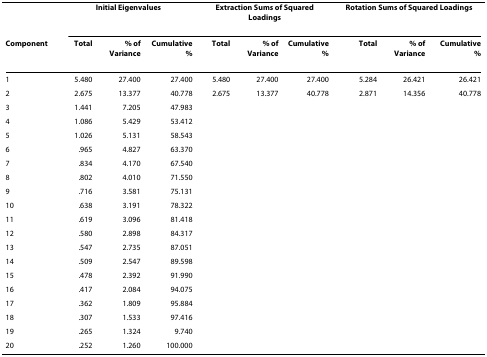
<table><thead><tr><td></td><td colspan="3"><b>Initial Eigenvalues</b></td><td colspan="3"><b>Extraction Sums of Squared Loadings</b></td><td colspan="3"><b>Rotation Sums of Squared Loadings</b></td></tr><tr><td><b>Component</b></td><td><b>Total</b></td><td><b>% of Variance</b></td><td><b>Cumulative %</b></td><td><b>Total</b></td><td><b>% of Variance</b></td><td><b>Cumulative %</b></td><td><b>Total</b></td><td><b>% of Variance</b></td><td><b>Cumulative %</b></td></tr></thead><tbody><tr><td>1</td><td>5.480</td><td>27.400</td><td>27.400</td><td>5.480</td><td>27.400</td><td>27.400</td><td>5.284</td><td>26.421</td><td>26.421</td></tr><tr><td>2</td><td>2.675</td><td>13.377</td><td>40.778</td><td>2.675</td><td>13.377</td><td>40.778</td><td>2.871</td><td>14.356</td><td>40.778</td></tr><tr><td>3</td><td>1.441</td><td>7.205</td><td>47.983</td><td></td><td></td><td></td><td></td><td></td><td></td></tr><tr><td>4</td><td>1.086</td><td>5.429</td><td>53.412</td><td></td><td></td><td></td><td></td><td></td><td></td></tr><tr><td>5</td><td>1.026</td><td>5.131</td><td>58.543</td><td></td><td></td><td></td><td></td><td></td><td></td></tr><tr><td>6</td><td>.965</td><td>4.827</td><td>63.370</td><td></td><td></td><td></td><td></td><td></td><td></td></tr><tr><td>7</td><td>.834</td><td>4.170</td><td>67.540</td><td></td><td></td><td></td><td></td><td></td><td></td></tr><tr><td>8</td><td>.802</td><td>4.010</td><td>71.550</td><td></td><td></td><td></td><td></td><td></td><td></td></tr><tr><td>9</td><td>.716</td><td>3.581</td><td>75.131</td><td></td><td></td><td></td><td></td><td></td><td></td></tr><tr><td>10</td><td>.638</td><td>3.191</td><td>78.322</td><td></td><td></td><td></td><td></td><td></td><td></td></tr><tr><td>11</td><td>.619</td><td>3.096</td><td>81.418</td><td></td><td></td><td></td><td></td><td></td><td></td></tr><tr><td>12</td><td>.580</td><td>2.898</td><td>84.317</td><td></td><td></td><td></td><td></td><td></td><td></td></tr><tr><td>13</td><td>.547</td><td>2.735</td><td>87.051</td><td></td><td></td><td></td><td></td><td></td><td></td></tr><tr><td>14</td><td>.509</td><td>2.547</td><td>89.598</td><td></td><td></td><td></td><td></td><td></td><td></td></tr><tr><td>15</td><td>.478</td><td>2.392</td><td>91.990</td><td></td><td></td><td></td><td></td><td></td><td></td></tr><tr><td>16</td><td>.417</td><td>2.084</td><td>94.075</td><td></td><td></td><td></td><td></td><td></td><td></td></tr><tr><td>17</td><td>.362</td><td>1.809</td><td>95.884</td><td></td><td></td><td></td><td></td><td></td><td></td></tr><tr><td>18</td><td>.307</td><td>1.533</td><td>97.416</td><td></td><td></td><td></td><td></td><td></td><td></td></tr><tr><td>19</td><td>.265</td><td>1.324</td><td>9.740</td><td></td><td></td><td></td><td></td><td></td><td></td></tr><tr><td>20</td><td>.252</td><td>1.260</td><td>100.000</td><td></td><td></td><td></td><td></td><td></td><td></td></tr></tbody></table>